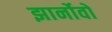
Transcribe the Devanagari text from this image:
झार्नोवो